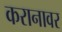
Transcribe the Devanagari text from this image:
करानावर